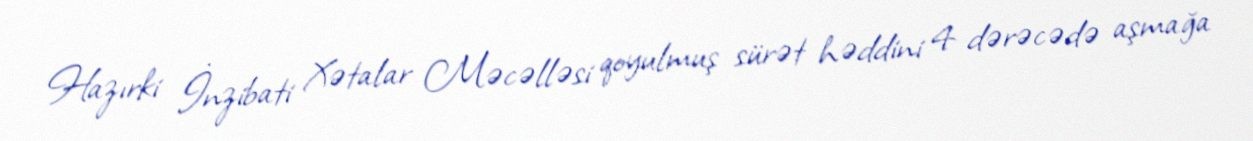
Hazırki İnzibati Xətalar Məcəlləsi qoyulmuş sürət həddini 4 dərəcədə aşmağa